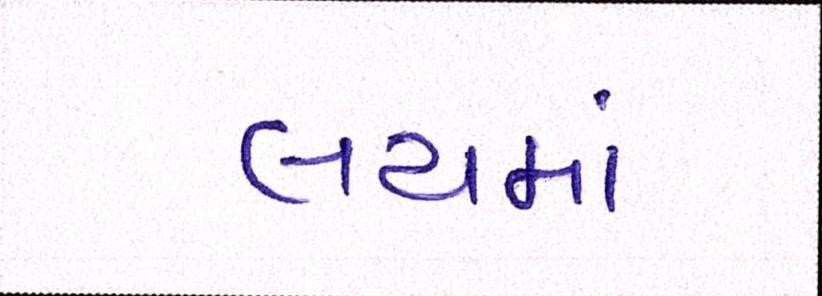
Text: લયમાં